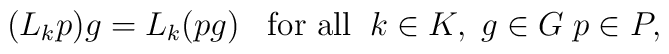
(L_{k} p)g = L_{k} (pg) \; \; \; \mbox{for all} \; \;   k \in K, \; g \in G \;  p \in P,